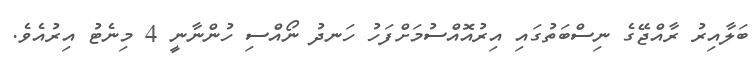
ބަލާއިރު ރާއްޖޭގެ ނިސްބަތުގައި އިރުއޮއްސުމަށްފަހު ހަނދު ނޯއްސި ހުންނާނީ 4 މިނެޓު އިރުއެވެ.